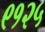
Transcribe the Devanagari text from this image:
९१२५